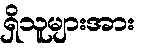
ရှိသူများအား